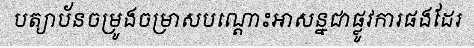
បត្យាប័នចម្រូងចម្រាសបណ្តោះអាសន្នជាផ្លូវការផងដែរ